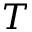
T